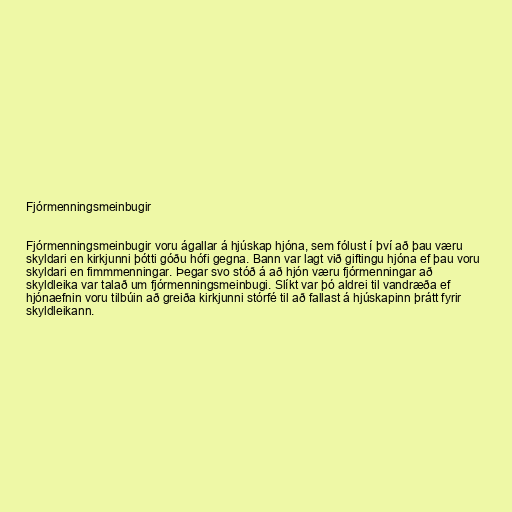
Fjórmenningsmeinbugir

Fjórmenningsmeinbugir voru ágallar á hjúskap hjóna, sem fólust í því að þau væru
skyldari en kirkjunni þótti góðu hófi gegna. Bann var lagt við giftingu hjóna ef þau voru
skyldari en fimmmenningar. Þegar svo stóð á að hjón væru fjórmenningar að
skyldleika var talað um fjórmenningsmeinbugi. Slíkt var þó aldrei til vandræða ef
hjónaefnin voru tilbúin að greiða kirkjunni stórfé til að fallast á hjúskapinn þrátt fyrir
skyldleikann.